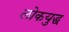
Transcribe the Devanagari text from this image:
लोकयुद्ध